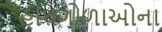
હાથગોળાઓના